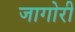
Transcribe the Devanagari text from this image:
जागोरी